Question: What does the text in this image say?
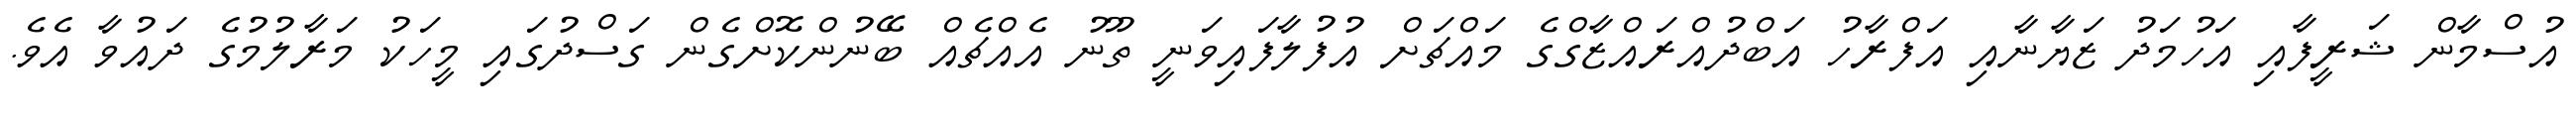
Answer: އުސްމާން ޝަރީފާއި އަހުމަދު ޒަޔާނާއި އަފްރާހު އަބްދުއްރައްޒާގްގެ މައްޗަށް އުފުލާފައިވަނީ ތޫނު އެއްޗެއް ބޭނުންކޮށްގެން ގަސްދުގައި މީހަކު މަރާލުމުގެ ދައުވާ އެވެ.